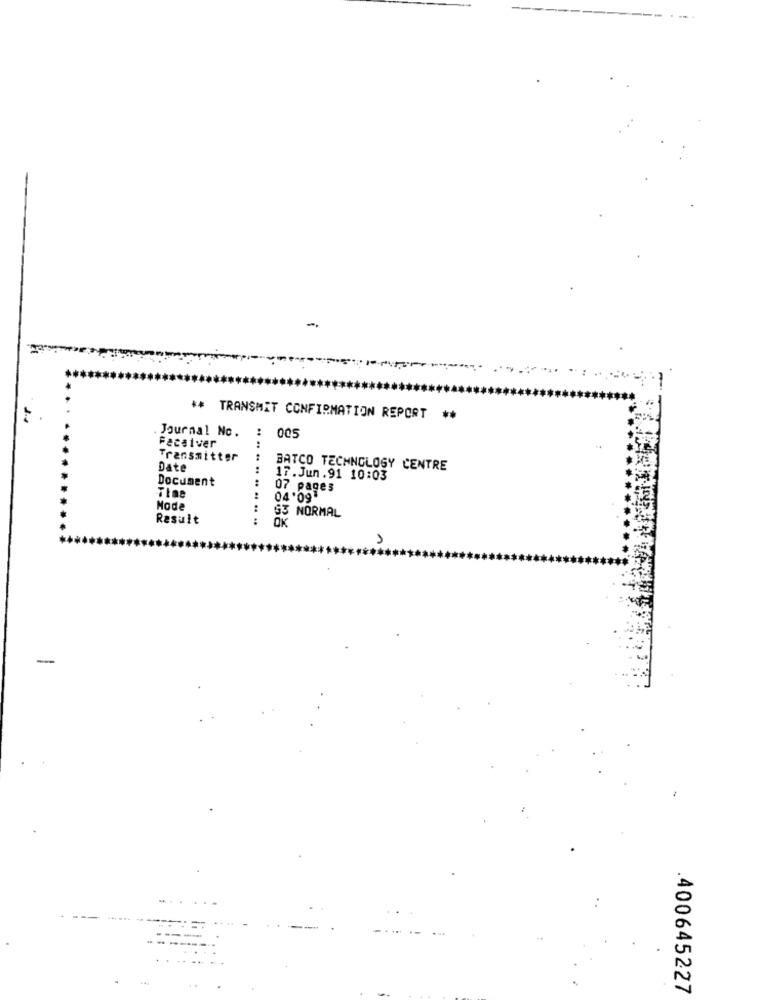
-
-
** TRANSMIT CONFIRMATION REPORT **
Journal No.
:
005
Facsiver
Transmitter
Date
:
BATCO TECHNOLOGY CENTRE
Document
17.Jun.91 10:03
Time
07 pages
04.09
Mode
Result
.. .. .. .. .. .. .. ..
$3 NORMAL
1
-
400645227